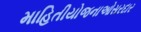
માહિતીયોજનાઓસરદાર